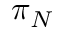
\pi _ { N }